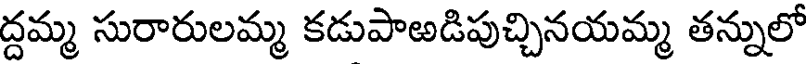
ద్దమ్మ సురారులమ్మ కడుపాఱడిపుచ్చినయమ్మ తన్నులో